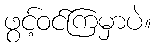
ဖွင့်ဝင်ကြမှာပဲ။